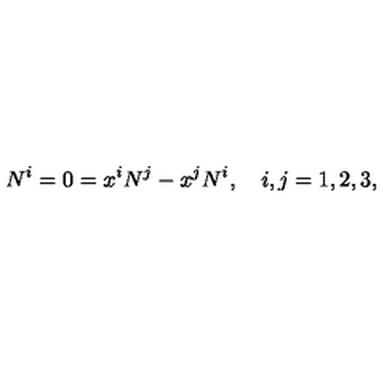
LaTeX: N ^ { i } = 0 = x ^ { i } N ^ { j } - x ^ { j } N ^ { i } , \quad i , j = 1 , 2 , 3 ,